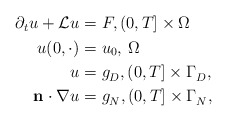
\begin{align*} \begin{aligned}\partial_t u + \mathcal{L} u=&\ F, (0,T] \times \Omega \\u(0,\cdot) =&\ u_0, \, \Omega \\ u= &\ g_D^{}, (0,T] \times \Gamma_D^{},\\\mathbf{n}\cdot \nabla u= &\ g_N^{}, (0,T] \times \Gamma_N^{},\end{aligned}\end{align*}